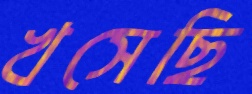
খসেছি